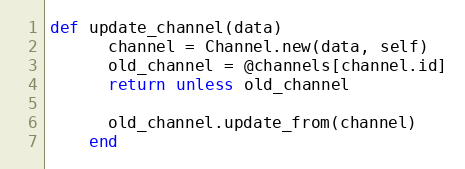
Language: Ruby
def update_channel(data)
      channel = Channel.new(data, self)
      old_channel = @channels[channel.id]
      return unless old_channel

      old_channel.update_from(channel)
    end